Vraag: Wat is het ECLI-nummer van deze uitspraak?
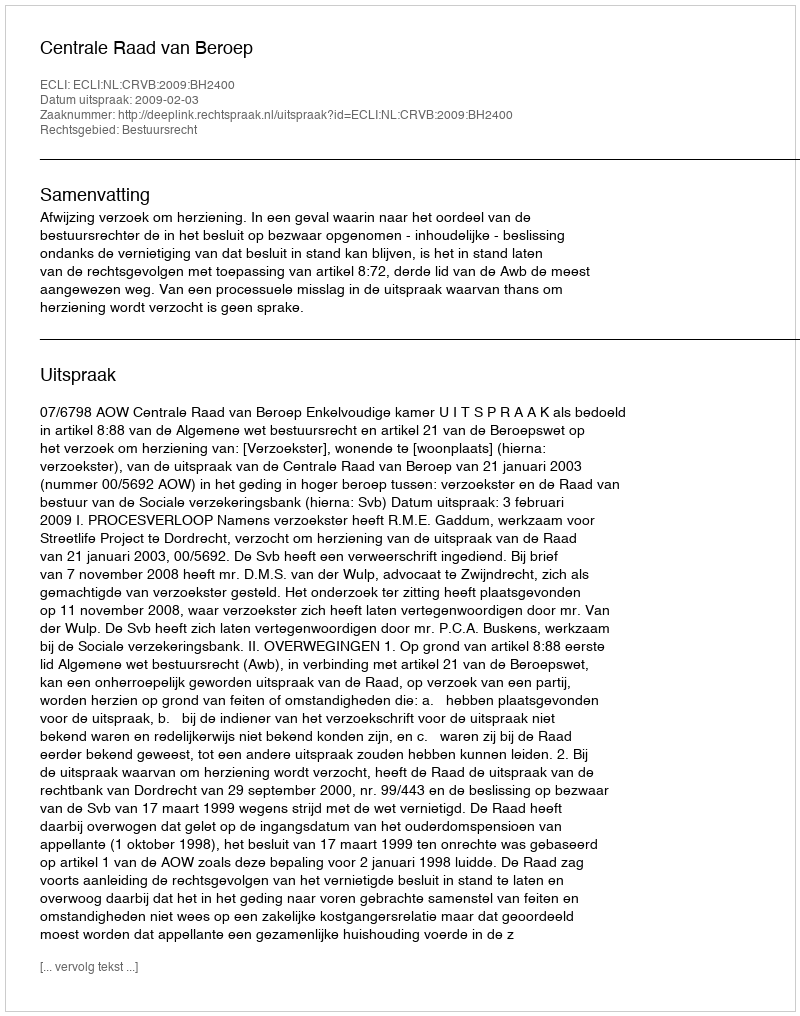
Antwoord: ECLI:NL:CRVB:2009:BH2400